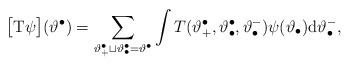
LaTeX: \begin{align*}\big[\mathrm{T}\psi\big](\vartheta^\bullet)=\sum_{\vartheta^\bullet_+\sqcup\vartheta^\bullet_\bullet=\vartheta^\bullet}\int T(\vartheta^\bullet_+,\vartheta^\bullet_\bullet,{\vartheta}^-_\bullet)\psi(\vartheta_\bullet)\mathrm{d}\vartheta^-_\bullet,\end{align*}